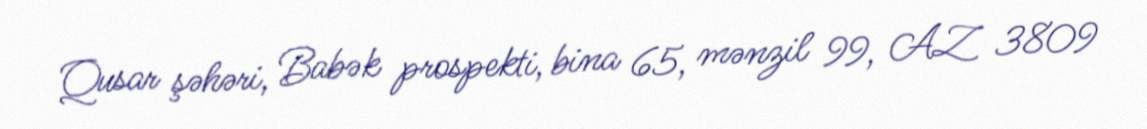
Qusar şəhəri, Babək prospekti, bina 65, mənzil 99, AZ 3809